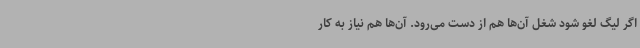
اگر لیگ لغو شود شغل آن‌ها هم از دست می‌رود. آن‌ها هم نیاز به کار